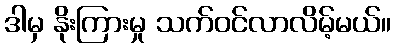
ဒါမှ နိုးကြားမှု သက်ဝင်လာလိမ့်မယ်။